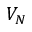
V _ { N }